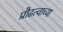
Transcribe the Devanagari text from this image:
प्रौढत्वाच्या